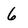
Character: 6